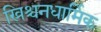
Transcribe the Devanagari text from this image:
ख्रिश्चनधार्मिक